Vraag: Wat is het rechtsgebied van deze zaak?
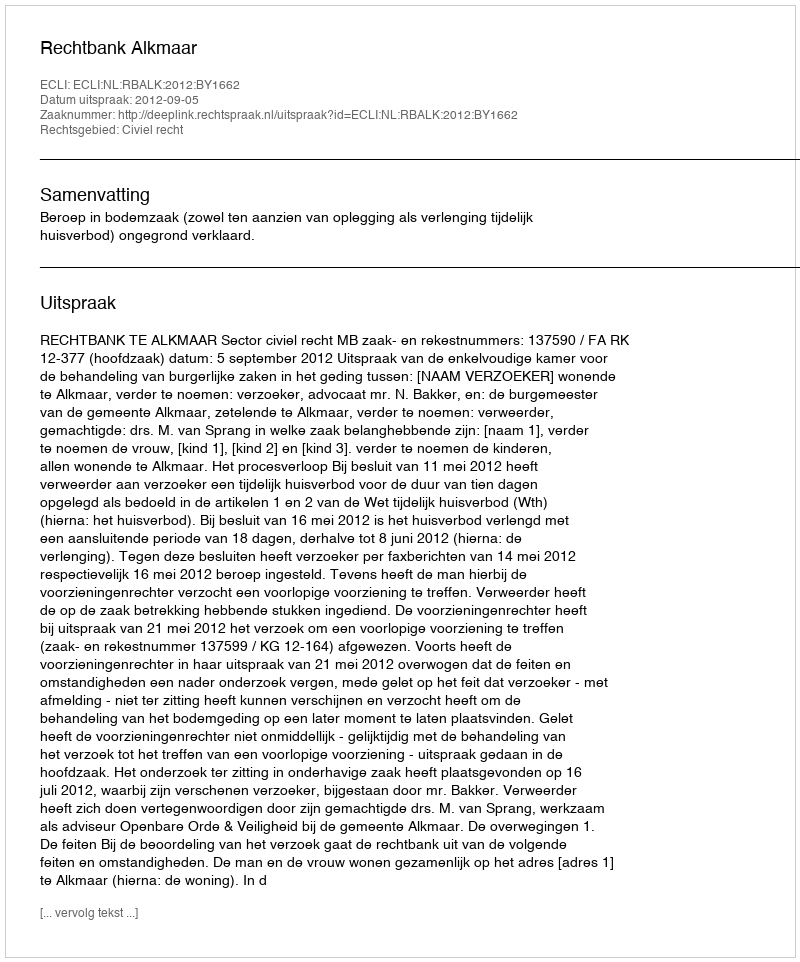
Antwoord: Civiel recht